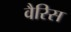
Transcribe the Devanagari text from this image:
वैरिस